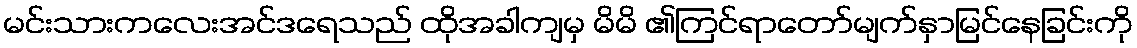
မင်းသားကလေးအင်ဒရေသည် ထိုအခါကျမှ မိမိ ၏ကြင်ရာတော်မျက်နှာမြင်နေခြင်းကို